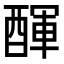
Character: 𨡫